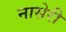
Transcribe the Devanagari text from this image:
नासेरी